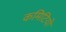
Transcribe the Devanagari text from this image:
कमिटियों